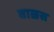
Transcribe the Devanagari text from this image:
वाल्रस